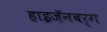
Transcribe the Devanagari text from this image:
हाइज़ॅनबर्ग